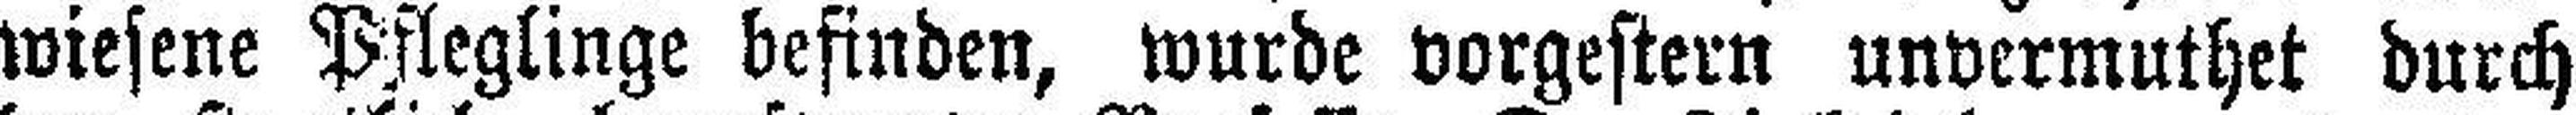
wiesene Pfleglinge befinden, wurde vorgestern unvermuthet durch